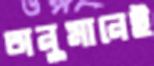
অনুমানেই